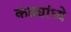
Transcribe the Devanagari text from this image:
कड्यांध्ये